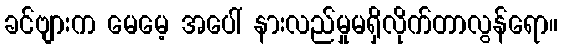
ခင်ဗျားက မေမေ့ အပေါ် နားလည်မှုမရှိလိုက်တာလွန်ရော။